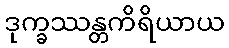
ဒုက္ခဿန္တကိရိယာယ